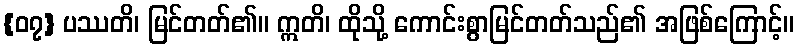
{၀၇} ပဿတိ၊ မြင်တတ်၏။ ဣတိ၊ ထိုသို့ ကောင်းစွာမြင်တတ်သည်၏ အဖြစ်ကြောင့်။